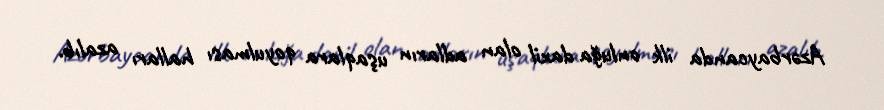
Azərbaycanda ilk onluğa daxil olan adların uşaqlara qoyulması halları azalıb.